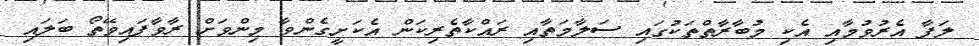
ލަފާ އެރުވުމާއި އެކި މުބާރާތްތަކުގައި ސަލާމަތާއި ރައްކާތެރިކަން އެކަށީގެންވާ މިންވަށް ރާވާފައިވޭތޯ ބަލައި